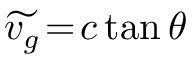
\widetilde { v _ { g } } \! = \! c \, \mathrm { t a n } \, \theta